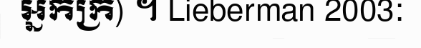
អ្នកក្រ) ។ Lieberman 2003: